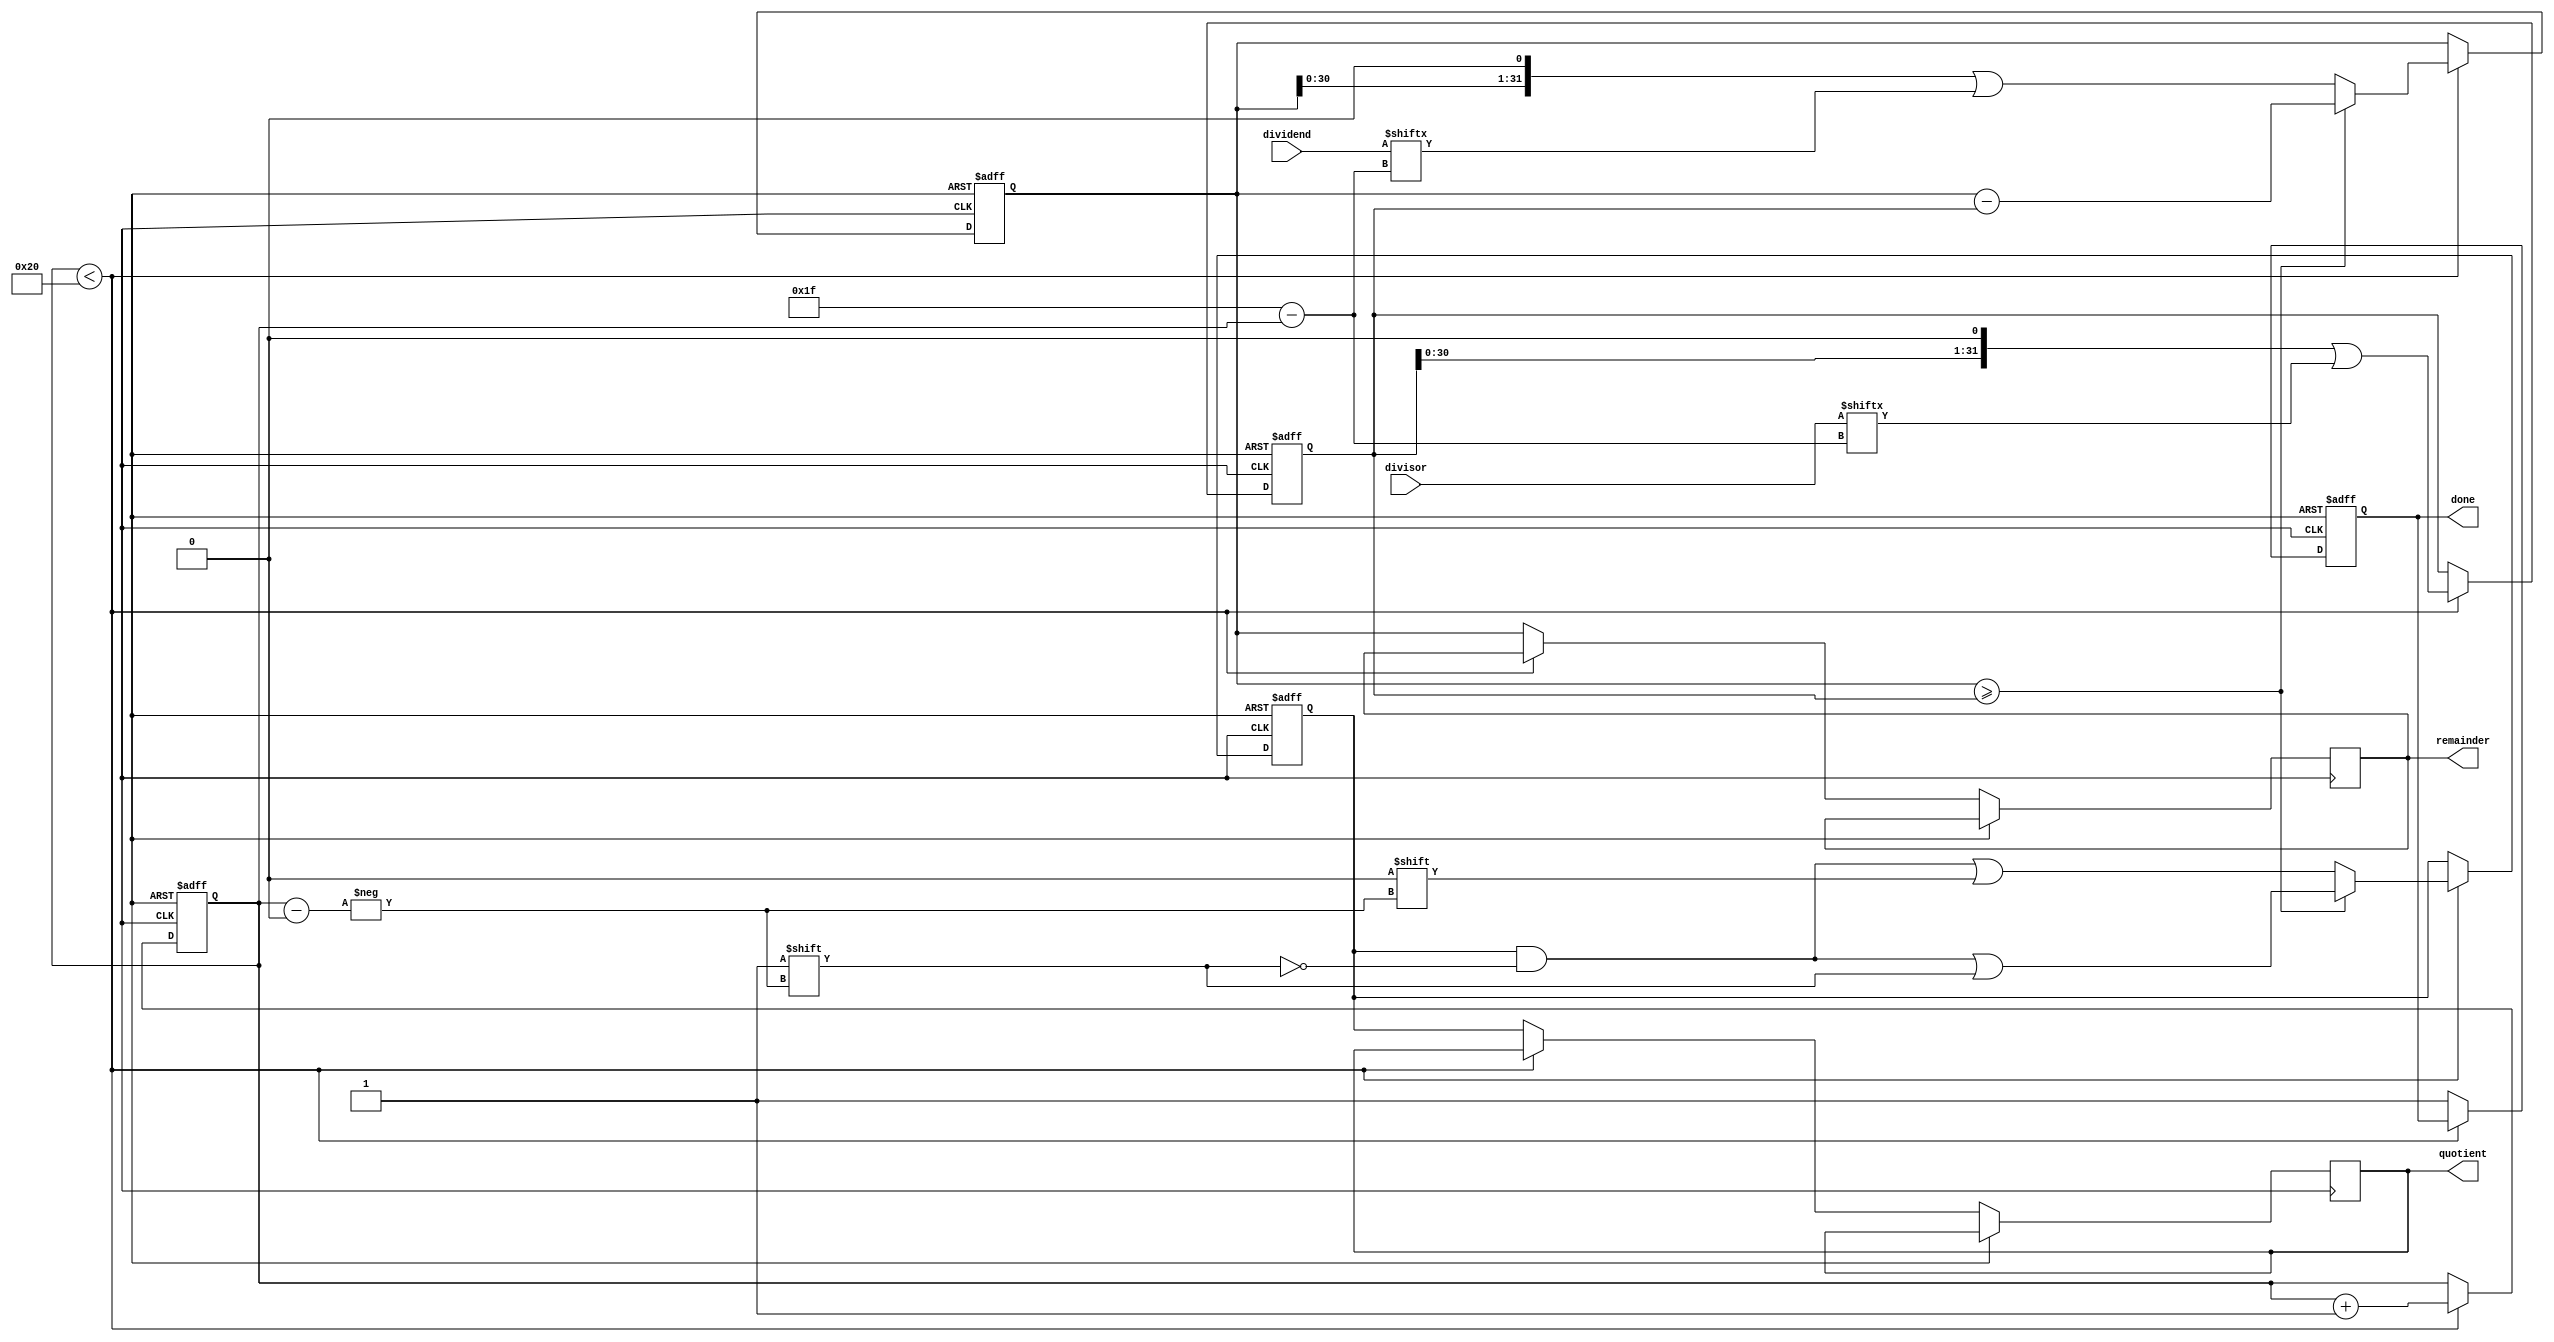
module BinaryDivider (
    input [31:0] dividend,
    input [31:0] divisor,
    output reg [31:0] quotient,
    output reg [31:0] remainder,
    output reg done
);

reg [31:0] temp_remainder;
reg [31:0] temp_quotient;
reg [31:0] temp_divisor;
reg [4:0] count;

always @ (posedge clk or posedge reset) begin
    if (reset) begin
        temp_remainder <= 0;
        temp_quotient <= 0;
        temp_divisor <= 0;
        count <= 0;
        done <= 0;
    end else begin
        if (count < 32) begin
            temp_remainder <= temp_remainder << 1 | dividend[31 - count];
            temp_divisor <= temp_divisor << 1 | divisor[31 - count];
            if (temp_remainder >= temp_divisor) begin
                temp_remainder <= temp_remainder - temp_divisor;
                temp_quotient[count] <= 1;
            end else begin
                temp_quotient[count] <= 0;
            end
            count <= count + 1;
        end else begin
            quotient <= temp_quotient;
            remainder <= temp_remainder;
            done <= 1;
        end
    end
end

endmodule